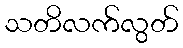
သတိလက်လွတ်